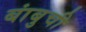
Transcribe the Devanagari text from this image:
बांबुची